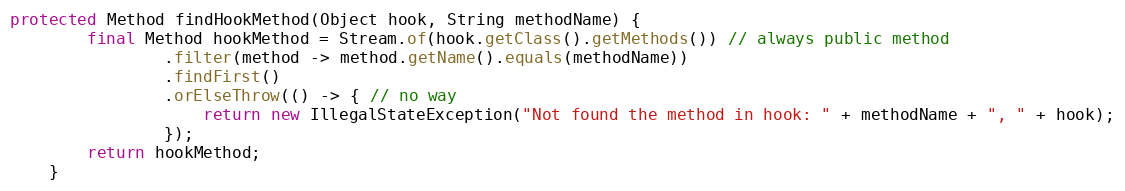
Language: Java
protected Method findHookMethod(Object hook, String methodName) {
        final Method hookMethod = Stream.of(hook.getClass().getMethods()) // always public method
                .filter(method -> method.getName().equals(methodName))
                .findFirst()
                .orElseThrow(() -> { // no way
                    return new IllegalStateException("Not found the method in hook: " + methodName + ", " + hook);
                });
        return hookMethod;
    }